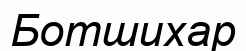
Ботшихар